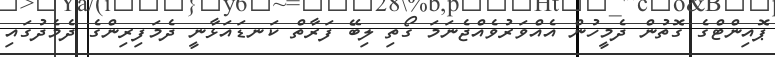
ޕޮއިންޓްގެ ގޮތުން ދެމީހުން އެއްވަރުވެއްޖެނަމަ ގޯތި ލިބޭ ފަރާތް ކަނޑައަޅާނީ ދެމަފިރިންގެ ދެމެދުގައި